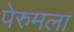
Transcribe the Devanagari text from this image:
पेरुमला